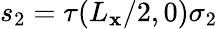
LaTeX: s_{2}=\tau(L_{\mathbf{x}}/2,0)\sigma_{2}